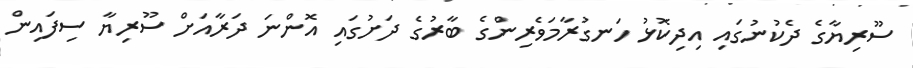
ސޫރިޔާގެ ދެކުނުގައި އިދިކޮޅު ހަނގުރާމަވެރިންގެ ބާރުގެ ދަށުގައި އޮންނަ ދަރާއަށް ސޫރިޔާ ސިފައިން